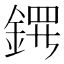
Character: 𬫤